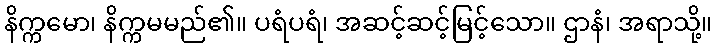
နိက္ကမော၊ နိက္ကမမည်၏။ ပရံပရံ၊ အဆင့်ဆင့်မြင့်သော။ ဌာနံ၊ အရာသို့။